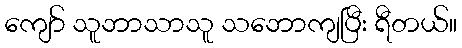
ကျော် သူဘာသာသူ သဘောကျပြီး ရီတယ်။